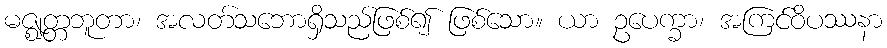
မဇ္ဈတ္တဘူတာ၊ အလတ်သဘောရှိသည်ဖြစ်၍ ဖြစ်သော။ ယာ ဥပေက္ခာ၊ အကြင်ဝိပဿနာ